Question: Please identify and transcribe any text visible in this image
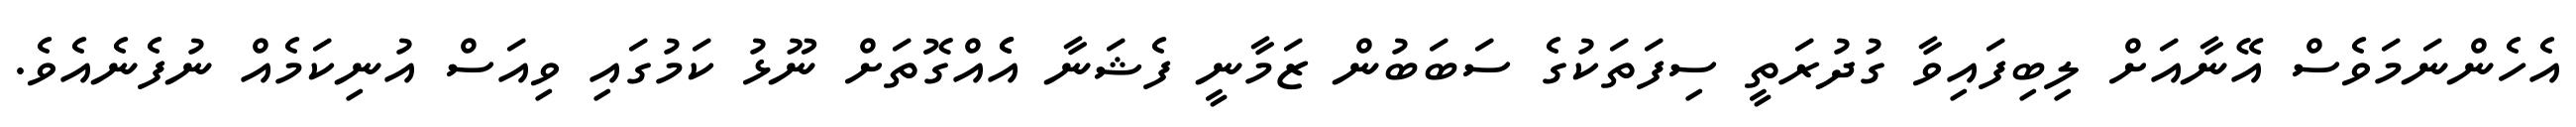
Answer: އެހެންނަމަވެސް އޭނާއަށް ލިބިފައިވާ ގުދުރަތީ ސިފަތަކުގެ ސަބަބުން ޒަމާނީ ފެޝަނާ އެެއްގޮތަށް ނޫޅު ކަމުގައި ވިއަސް އުނިކަމެއް ނުފެނެއެވެ.